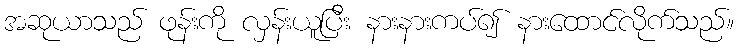
အဆုယာသည် ဖုန်းကို လှန်းယူပြီး နားနားကပ်၍ နားထောင်လိုက်သည်။